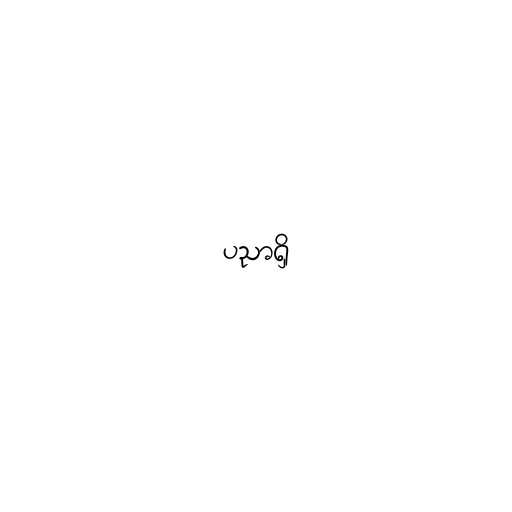
ပညာရှိ